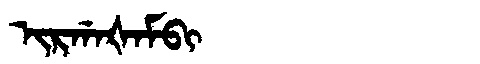
Manchu: ᡳᡵᡤᠠᡧᠠᠮᠪᡳ
Romanization: IRGAŠAMBI